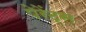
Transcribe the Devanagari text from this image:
पेरेंट्स